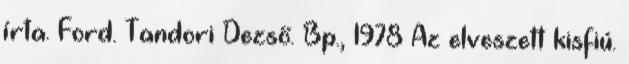
írta. Ford. Tandori Dezső. Bp., 1978 Az elveszett kisfiú.